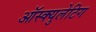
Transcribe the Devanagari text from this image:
ऑस्क्युलेटिग